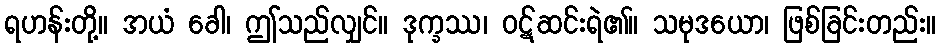
ရဟန်းတို့။ အယံ ခေါ၊ ဤသည်လျှင်။ ဒုက္ခဿ၊ ဝဋ်ဆင်းရဲ၏။ သမုဒယော၊ ဖြစ်ခြင်းတည်း။